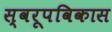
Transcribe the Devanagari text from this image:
स्वरूपविकास